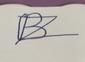
Signature authenticity: forged